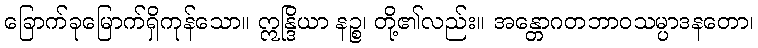
ခြောက်ခုမြောက်ရှိကုန်သော။ ဣန္ဒြိယာ နဉ္စ၊ တို့၏လည်း။ အန္တောဂတဘာဝသမ္ပာဒနတော၊